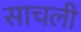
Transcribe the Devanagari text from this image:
साचली